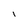
Character: I